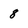
Character: 8